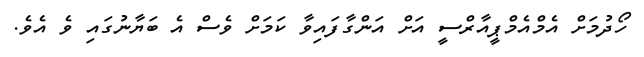
ހޯދުމަށް އެމްއެމްޕީއާރްސީ އަށް އަންގާފައިވާ ކަމަށް ވެސް އެ ބަޔާނުގައި ވެ އެވެ.